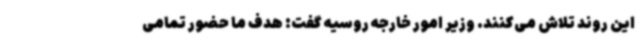
این روند تلاش می‌کنند. وزیر امور خارجه روسیه گفت: هدف ما حضور تمامی